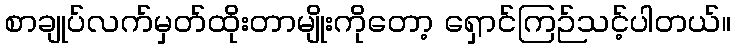
စာချုပ်လက်မှတ်ထိုးတာမျိုးကိုတော့ ရှောင်ကြဉ်သင့်ပါတယ်။